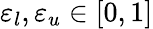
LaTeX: \varepsilon_{l},\varepsilon_{u}\in[0,1]